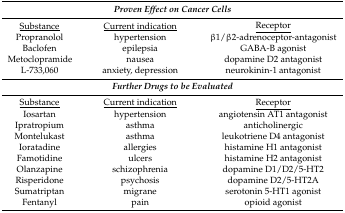
<table><thead><tr><td colspan="3"><b><i>Proven Effect on Cancer Cells</i></b></td></tr></thead><tbody><tr><td><underline>Substance</underline></td><td><underline>Current indication</underline></td><td><underline>Receptor</underline></td></tr><tr><td>Propranolol</td><td>hypertension</td><td>β1/β2-adrenoceptor-antagonist</td></tr><tr><td>Baclofen</td><td>epilepsia</td><td>GABA-B agonist</td></tr><tr><td>Metoclopramide</td><td>nausea</td><td>dopamine D2 antagonist</td></tr><tr><td>L-733,060</td><td>anxiety, depression</td><td>neurokinin-1 antagonist</td></tr><tr><td colspan="3"><i><b>Further Drugs to be Evaluated</b></i></td></tr><tr><td><underline>Substance</underline></td><td><underline>Current indication</underline></td><td><underline>Receptor</underline></td></tr><tr><td>Iosartan</td><td>hypertension</td><td>angiotensin AT1 antagonist</td></tr><tr><td>Ipratropium</td><td>asthma</td><td>anticholinergic</td></tr><tr><td>Montelukast</td><td>asthma</td><td>leukotriene D4 antagonist</td></tr><tr><td>Ioratadine</td><td>allergies</td><td>histamine H1 antagonist</td></tr><tr><td>Famotidine</td><td>ulcers</td><td>histamine H2 antagonist</td></tr><tr><td>Olanzapine</td><td>schizophrenia</td><td>dopamine D1/D2/5-HT2</td></tr><tr><td>Risperidone</td><td>psychosis</td><td>dopamine D2/5-HT2A</td></tr><tr><td>Sumatriptan</td><td>migrane</td><td>serotonin 5-HT1 agonist</td></tr><tr><td>Fentanyl</td><td>pain</td><td>opioid agonist</td></tr></tbody></table>